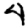
Digit: 4